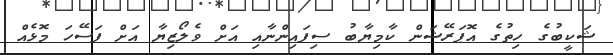
ޝަކީބުގެ ހިތުގެ އޮޕަރޭޝަން ކާމިޔާބު ސިފައިންނާއި އަށް ވެލޯޒިޔާ އަށް ފަސޭހަ މޮޅެއް